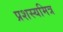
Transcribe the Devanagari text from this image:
प्रशस्यमित्र